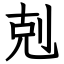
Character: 剋